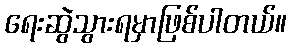
ရေးဆွဲသွားရမှာဖြစ်ပါတယ်။